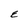
Character: E